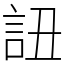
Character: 䚼